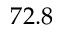
7 2 . 8